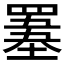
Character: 𦌋